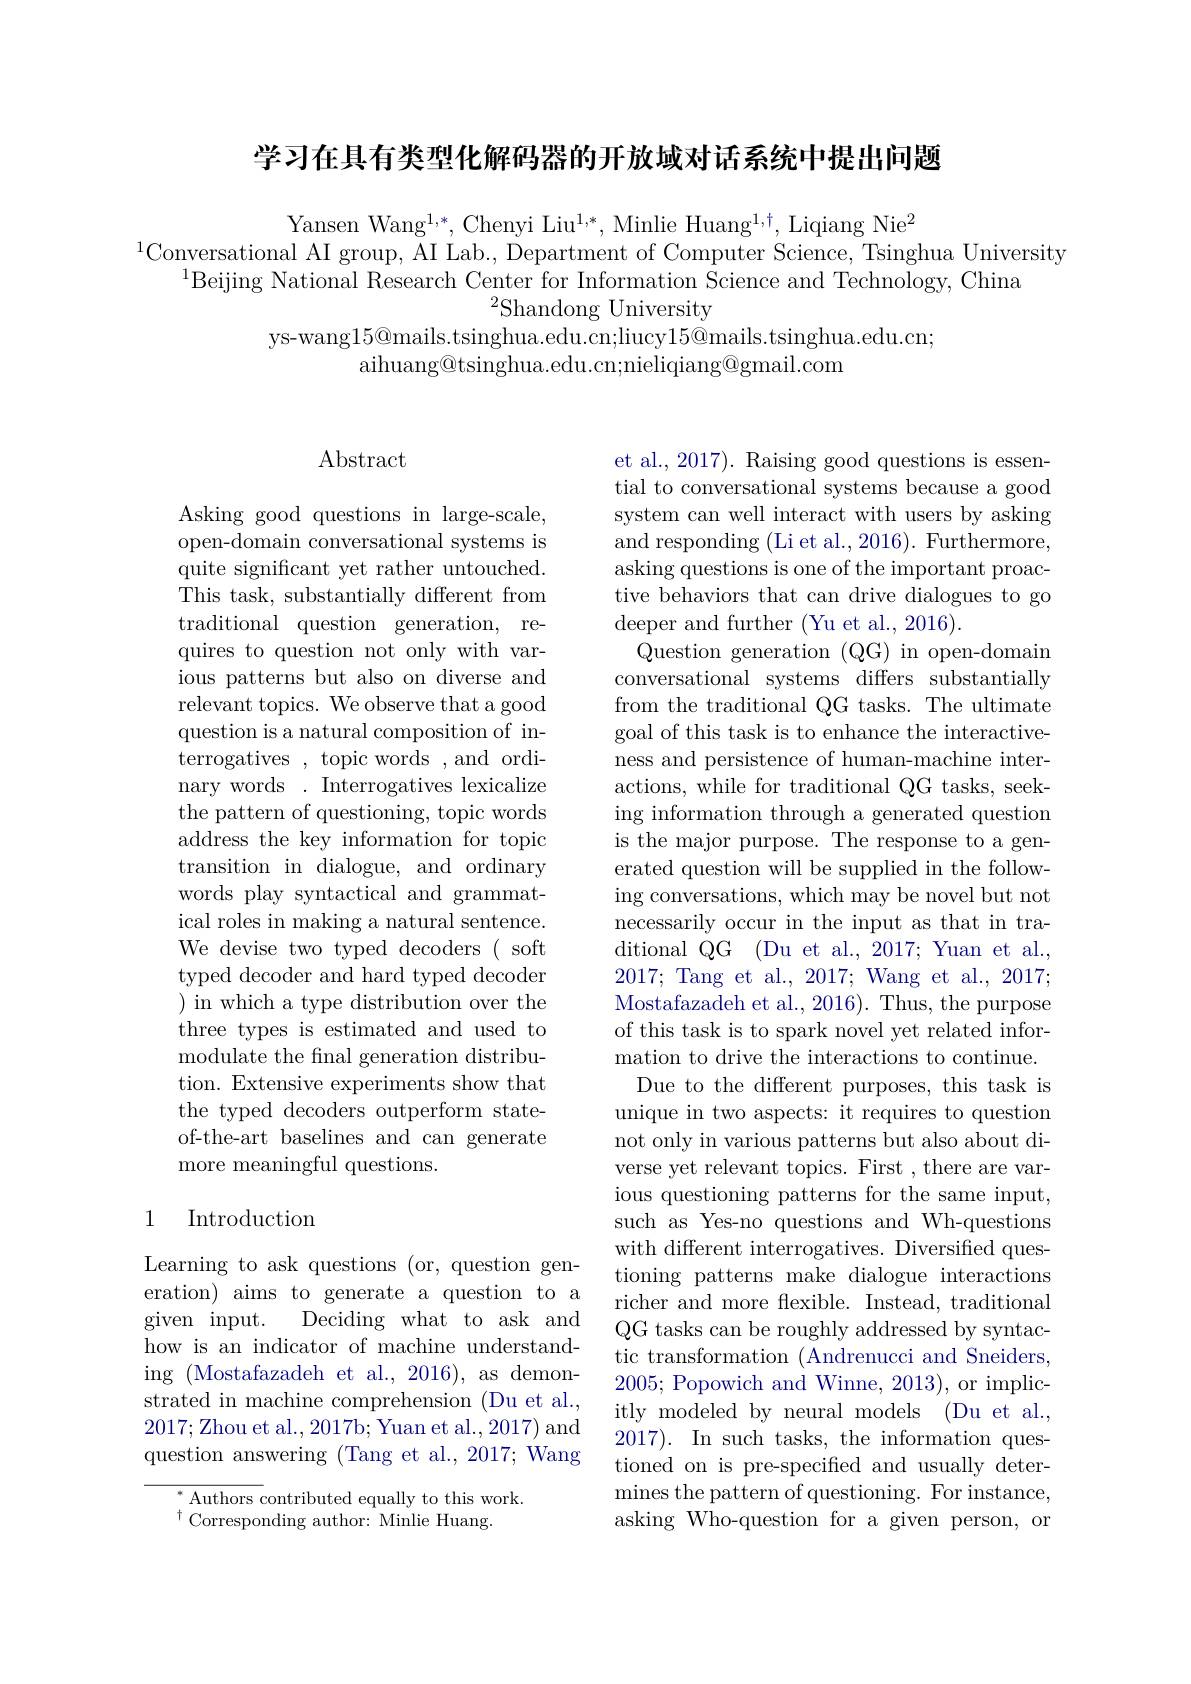
学习在具有类型化解码器的开放域对话系统中提出问题

Yansen Wang$^1,*$, Chenyi Liu$^1,*$, Minlie Huang$^1$, Liqiang Nie$^2$
$^{1}\underset{{\mathrm{Conversational~AI~group,~AI~Lab.,~Department~of~Computer~Science,~Tsinghua~University}}}$
$^{1}$Beijing National Research Center for Information $\tilde{\text{Science and Technology, China}}$
$^{2}$Shandong University
ys-wang$15@$mails.tsinghua.edu.cn;liucy$15@$mails.tsinghua.edu.cn;
aihuang@tsinghua.edu.cn;nieliqiang@gmail.com

# Abstract

Asking good questions in large-scale, open-domain conversational systems is quite significant yet rather untouched. This task, substantially different from traditional question generation, requires to question not only with various patterns but also on diverse and relevant topics. We observe that a good question is a natural composition of interrogatives , topic words , and ordinary words.Interrogatives lexicalize the pattern of questioning, topic words address the key information for topic transition in dialogue, and ordinary words play syntactical and grammatical roles in making a natural sentence. We devise two typed decoders ( soft typed decoder and hard typed decoder ) in which a type distribution over the three types is estimated and used to modulate the final generation distribution. Extensive experiments show that the typed decoders outperform stateof-the-art baselines and can generate more meaningful questions.

# 1 Introduction

Learning to ask questions (or, question generation) aims to generate a question to a given input. Deciding what to ask and how is an indicator of machine understanding (Mostafazadeh et al., 2016), as demonstrated in machine comprehension (Du et al., 2017;Zhou et al., 2017b; Yuan et al., 2017) and question answering (Tang et al., 2017; Wang

$^*$Authors contributed equally to this work.
$^{\dagger}$Corresponding author: Minlie Huang.

et al., 2017). Raising good questions is essential to conversational systems because a good system can well interact with users by asking and responding (Li et al., 2016). Furthermore, asking questions is one of the important proactive behaviors that can drive dialogues to go deeper and further (Yu et al., 2016).
Question generation (QG) in open-domain conversational systems differs substantially from the traditional QG tasks. The ultimate goal of this task is to enhance the interactiveness and persistence of human-machine interactions, while for traditional QG tasks, seeking information through a generated question is the major purpose. The response to a generated question will be supplied in the following conversations, which may be novel but not necessarily occur in the input as that in traditional QG (Du et al., 2017; Yuan et al., 2017;Tang et al., 2017; Wang et al., 2017; Mostafazadeh et al., 2016). Thus, the purpose of this task is to spark novel yet related information to drive the interactions to continue.
Due to the different purposes, this task is unique in two aspects: it requires to question not only in various patterns but also about diverse yet relevant topics. First , there are various questioning patterns for the same input, such as Yes-no questions and Wh-questions with different interrogatives. Diversified questioning patterns make dialogue interactions richer and more flexible. Instead, traditional QG tasks can be roughly addressed by syntactic transformation (Andrenucci and Sneiders, 2005; Popowich and Winne, 2013), or implicitly modeled by neural models (Du et al., 2017). In such tasks, the information questioned on is pre-specified and usually determines the pattern of questioning. For instance, asking Who-question for a given person, or